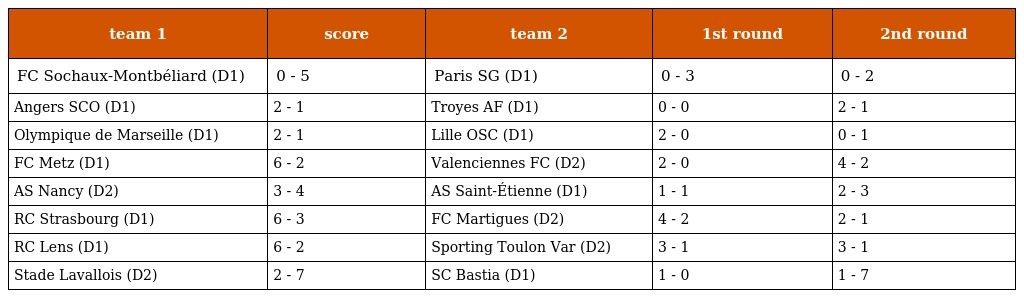
| team 1 | score | team 2 | 1st round | 2nd round |
 | --- | --- | --- | --- | --- |
 | FC Sochaux-Montbéliard (D1) | 0 - 5 | Paris SG (D1) | 0 - 3 | 0 - 2 |
 | Angers SCO (D1) | 2 - 1 | Troyes AF (D1) | 0 - 0 | 2 - 1 |
 | Olympique de Marseille (D1) | 2 - 1 | Lille OSC (D1) | 2 - 0 | 0 - 1 |
 | FC Metz (D1) | 6 - 2 | Valenciennes FC (D2) | 2 - 0 | 4 - 2 |
 | AS Nancy (D2) | 3 - 4 | AS Saint-Étienne (D1) | 1 - 1 | 2 - 3 |
 | RC Strasbourg (D1) | 6 - 3 | FC Martigues (D2) | 4 - 2 | 2 - 1 |
 | RC Lens (D1) | 6 - 2 | Sporting Toulon Var (D2) | 3 - 1 | 3 - 1 |
 | Stade Lavallois (D2) | 2 - 7 | SC Bastia (D1) | 1 - 0 | 1 - 7 |